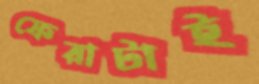
ফেরাটাই